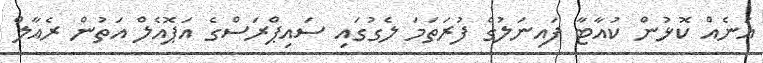
އަނެއް ކޮޅުން ކުއާޓާ ފައިނަލުގެ ފުރަތަމަ ލެގުގައި ސައިޕްރަސްގެ އަޕޮއެލް އަތުން ރެއާލް